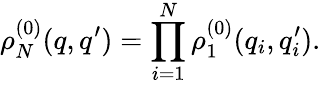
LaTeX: \rho_{N}^{(0)}(q,q^{\prime})=\prod_{i=1}^{N}\rho_{1}^{(0)}(q_{i},q_{i}^{\prime}).